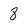
Character: 8